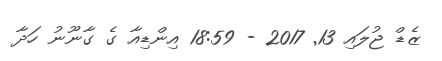
ޒެޑް ޖުލައި 13